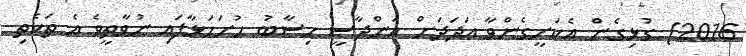
2016) ގުޅިގެން އެކަށީގެންވާ ޢަދަދަށް އަންދާސީ ހިސާބު ހުށަހަޅާފައި ނުވާތީވެ އެ ތަކެތި